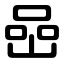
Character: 喦